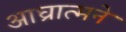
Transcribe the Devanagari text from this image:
आघ्रात्मने